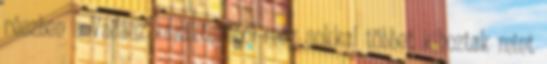
részben a Vadász karakteréből meg sokkal többet kihoztak mint